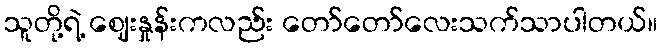
သူတို့ရဲ့ ဈေးနှုန်းကလည်း တော်တော်လေးသက်သာပါတယ်။